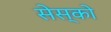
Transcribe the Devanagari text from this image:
सेस्को